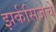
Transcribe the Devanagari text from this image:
झर्कसिजचे